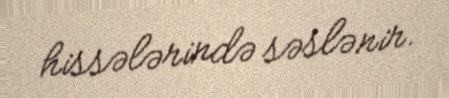
hissələrində səslənir.